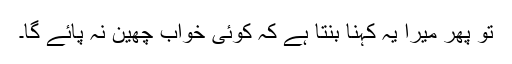
تو پھر میرا یہ کہنا بنتا ہے کہ کوئی خواب چھین نہ پائے گا۔